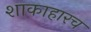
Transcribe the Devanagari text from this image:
शाकाहारच